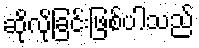
ဆိုလိုခြင်းဖြစ်ပါသည်